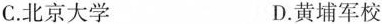
C.北京大学 D.黄埔军校